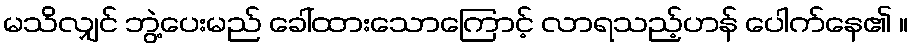
မသိလျှင် ဘွဲ့ပေးမည် ခေါ်ထားသောကြောင့် လာရသည့်ဟန် ပေါက်နေ၏ ။